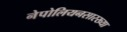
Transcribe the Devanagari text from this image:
नेपोलियनसारख्या